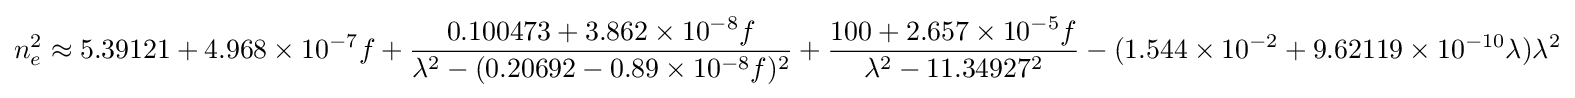
n_{e}^{2}\approx 5.39121+4.968\times 10^{-7}f+{\frac {0.100473+3.862\times 10^{-8}f}{\lambda ^{2}-(0.20692-0.89\times 10^{-8}f)^{2}}}+{\frac {100+2.657\times 10^{-5}f}{\lambda ^{2}-11.34927^{2}}}-(1.544\times 10^{-2}+9.62119\times 10^{-10}\lambda )\lambda ^{2}